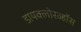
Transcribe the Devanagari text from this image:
डायक्लोरव्हॉस